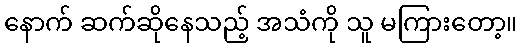
နောက် ဆက်ဆိုနေသည့် အသံကို သူ မကြားတော့။